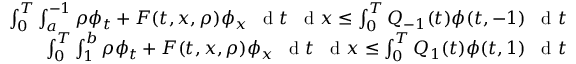
\begin{array} { r } { \int _ { 0 } ^ { T } \int _ { a } ^ { - 1 } \rho \phi _ { t } + F ( t , x , \rho ) \phi _ { x } \textrm { \, d } t \textrm { \, d } x \leq \int _ { 0 } ^ { T } Q _ { - 1 } ( t ) \phi ( t , - 1 ) \textrm { \, d } t } \\ { \int _ { 0 } ^ { T } \int _ { 1 } ^ { b } \rho \phi _ { t } + F ( t , x , \rho ) \phi _ { x } \textrm { \, d } t \textrm { \, d } x \leq \int _ { 0 } ^ { T } Q _ { 1 } ( t ) \phi ( t , 1 ) \textrm { \, d } t } \end{array}